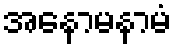
အနောမနာမံ